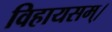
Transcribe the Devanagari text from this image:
विहायसम्।